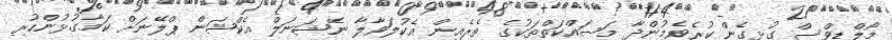
މޯލްޑިވްސް ގުޅިގެން ކުރެވެމުންދާ މަސައްކަތްތަކުގެ ތެރެއިން އެކުލަވާލާ ނޭޝަނަލް އެކްޝަން ޕްލޭނަށް ކަމާގުޅުންހުރި